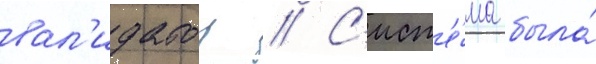
вал'идатор // С'ист'е́ма была́